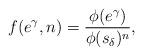
LaTeX: \begin{align*}f(e^{\gamma},n)=\frac{\phi(e^{\gamma})}{\phi(s_{\delta})^{n}},\end{align*}